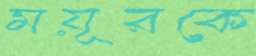
ময়ূরকে